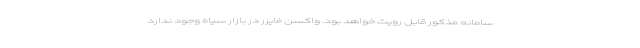
سامانه مذکور قابل رویت خواهد بود. واکسن فایزر در بازار سیاه وجود ندارد